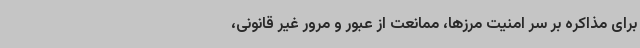
برای مذاکره بر سر امنیت مرزها، ممانعت از عبور و مرور غیر قانونی،